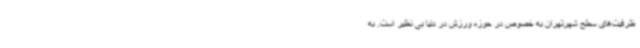
ظرفیت‌های سطح شهرتهران به خصوص در حوزه ورزش در دنیا بی نظیر است. به